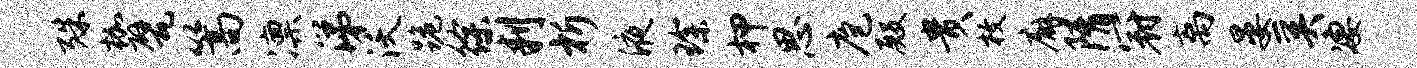
殊枷甓篙凛涕沃跪徐判析液琛柙思庖殿贵枚廨隋冠离晏奚凄